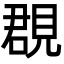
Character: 覠